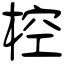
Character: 椌